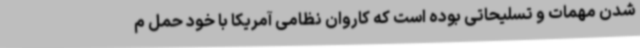
شدن مهمات و تسلیحاتی بوده است که کاروان نظامی آمریکا با خود حمل م